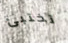
تختبئ